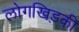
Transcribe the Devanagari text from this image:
लोगखिड़की